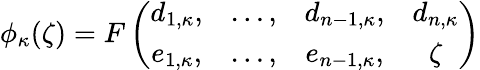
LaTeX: \phi_{\kappa}(\zeta)=F\left(\begin{array}{cccc}{{d_{1,\kappa},}}&{{\dots,}}&{{d_{n-1,\kappa},}}&{{d_{n,\kappa}}}\\ {{e_{1,\kappa},}}&{{\dots,}}&{{e_{n-1,\kappa},}}&{{\zeta}}\end{array}\right)